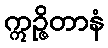
ဣဉ္ဇိတာနံ